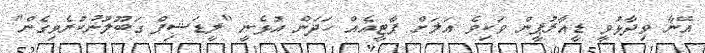
އޭނާ ވިދާޅުވީ ޑީއާރުޕީން ވަކިވެ އަލަށް ޕާޓީއެއް ހަދަން އުޅެނީ "ލީޑަޝިޕް ގަބޫލުނުކުރެވިގެން"